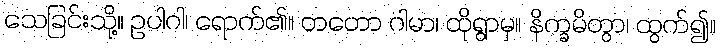
သေခြင်းသို့။ ဥပါဂါ၊ ရောက်၏။ တတော ဂါမာ၊ ထိုရွာမှ။ နိက္ခမိတွာ၊ ထွက်၍။